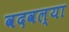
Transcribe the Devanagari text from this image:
वदवल्या